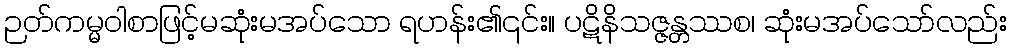
ဉတ်ကမ္မဝါစာဖြင့်မဆုံးမအပ်သော ရဟန်း၏၎င်း။ ပဋိနိသဇ္ဇန္တဿစ၊ ဆုံးမအပ်သော်လည်း